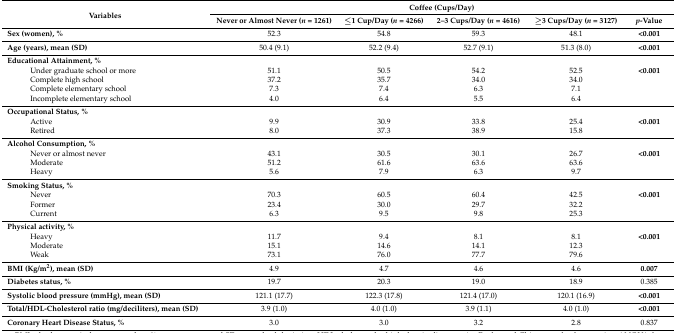
<table><thead><tr><td rowspan="2"><b>Variables</b></td><td colspan="5"><b>Coffee (Cups/Day)</b></td></tr><tr><td><b>Never or Almost Never (<i>n</i> = 1261)</b></td><td><b>≤1 Cup/Day (<i>n</i> = 4266)</b></td><td><b>2–3 Cups/Day (<i>n</i> = 4616)</b></td><td><b>≥3 Cups/Day (<i>n</i> = 3127)</b></td><td><b><i>p</i>-Value</b></td></tr></thead><tbody><tr><td><b>Sex (women), %</b></td><td>52.3</td><td>54.8</td><td>59.3</td><td>48.1</td><td><b>&lt;0.001</b></td></tr><tr><td><b>Age (years), mean (SD)</b></td><td>50.4 (9.1)</td><td>52.2 (9.4)</td><td>52.7 (9.1)</td><td>51.3 (8.0)</td><td><b>&lt;0.001</b></td></tr><tr><td><b>Educational Attainment, %</b></td><td></td><td></td><td></td><td></td><td></td></tr><tr><td>Under graduate school or more</td><td>51.1</td><td>50.5</td><td>54.2</td><td>52.5</td><td><b>&lt;0.001</b></td></tr><tr><td>Complete high school</td><td>37.2</td><td>35.7</td><td>34.0</td><td>34.0</td><td></td></tr><tr><td>Complete elementary school</td><td>7.3</td><td>7.4</td><td>6.3</td><td>7.1</td><td></td></tr><tr><td>Incomplete elementary school</td><td>4.0</td><td>6.4</td><td>5.5</td><td>6.4</td><td></td></tr><tr><td><b>Occupational Status, %</b></td><td></td><td></td><td></td><td></td><td></td></tr><tr><td>Active</td><td>9.9</td><td>30.9</td><td>33.8</td><td>25.4</td><td><b>&lt;0.001</b></td></tr><tr><td>Retired</td><td>8.0</td><td>37.3</td><td>38.9</td><td>15.8</td><td></td></tr><tr><td><b>Alcohol Consumption, %</b></td><td></td><td></td><td></td><td></td><td></td></tr><tr><td>Never or almost never</td><td>43.1</td><td>30.5</td><td>30.1</td><td>26.7</td><td><b>&lt;0.001</b></td></tr><tr><td>Moderate</td><td>51.2</td><td>61.6</td><td>63.6</td><td>63.6</td><td></td></tr><tr><td>Heavy</td><td>5.6</td><td>7.9</td><td>6.3</td><td>9.7</td><td></td></tr><tr><td><b>Smoking Status, %</b></td><td></td><td></td><td></td><td></td><td></td></tr><tr><td>Never</td><td>70.3</td><td>60.5</td><td>60.4</td><td>42.5</td><td><b>&lt;0.001</b></td></tr><tr><td>Former</td><td>23.4</td><td>30.0</td><td>29.7</td><td>32.2</td><td></td></tr><tr><td>Current</td><td>6.3</td><td>9.5</td><td>9.8</td><td>25.3</td><td></td></tr><tr><td><b>Physical activity, %</b></td><td></td><td></td><td></td><td></td><td></td></tr><tr><td>Heavy</td><td>11.7</td><td>9.4</td><td>8.1</td><td>8.1</td><td><b>&lt;0.001</b></td></tr><tr><td>Moderate</td><td>15.1</td><td>14.6</td><td>14.1</td><td>12.3</td><td></td></tr><tr><td>Weak</td><td>73.1</td><td>76.0</td><td>77.7</td><td>79.6</td><td></td></tr><tr><td><b>BMI (Kg/m<sup>2</sup>), mean (SD)</b></td><td>4.9</td><td>4.7</td><td>4.6</td><td>4.6</td><td><b>0.007</b></td></tr><tr><td><b>Diabetes status, %</b></td><td>19.7</td><td>20.3</td><td>19.0</td><td>18.9</td><td>0.385</td></tr><tr><td><b>Systolic blood pressure (mmHg), mean (SD)</b></td><td>121.1 (17.7)</td><td>122.3 (17.8)</td><td>121.4 (17.0)</td><td>120.1 (16.9)</td><td><b>&lt;0.001</b></td></tr><tr><td><b>Total/HDL-Cholesterol ratio (mg/deciliters), mean (SD)</b></td><td>3.9 (1.0)</td><td>4.0 (1.0)</td><td>3.9 (1.1)</td><td>4.0 (1.0)</td><td><b>&lt;0.001</b></td></tr><tr><td><b>Coronary Heart Disease Status, %</b></td><td>3.0</td><td>3.0</td><td>3.2</td><td>2.8</td><td>0.837</td></tr></tbody></table>